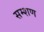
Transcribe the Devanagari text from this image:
सम्शण